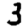
Digit: 3